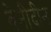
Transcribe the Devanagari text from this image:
बेनीदीन